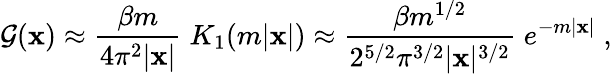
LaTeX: {\cal G}({\mathbf x})\approx{\frac{\beta m}{4\pi^{2}\vert{\mathbf x}\vert}}\; K_{1}(m\vert{\mathbf x}\vert)\approx{\frac{\beta m^{1/2}}{2^{5/2}\pi^{3/2}\vert{\mathbf x}\vert^{3/2}}}\; e^{-m\vert{\mathbf x}\vert}\; ,